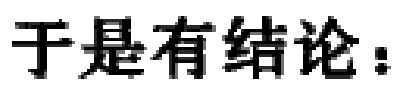
于是有结论：